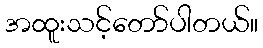
အထူးသင့်တော်ပါတယ်။